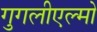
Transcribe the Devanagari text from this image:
गुगलीएल्मो